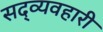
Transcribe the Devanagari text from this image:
सद्व्यवहारी